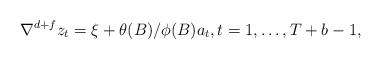
LaTeX: \begin{align*}\nabla^{d+f} z_t =\xi + \theta(B) / \phi(B) a_t,t=1,\ldots,T+b-1,\end{align*}